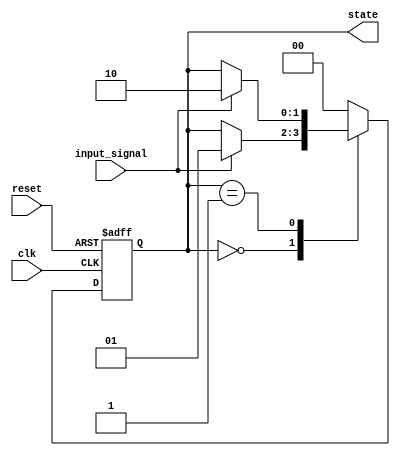
module fsm_example (
    input wire clk,         // Clock signal
    input wire reset,       // Reset signal
    input wire input_signal, // Input signal for state transition
    output reg [1:0] state  // 2-bit state output
);

// State encoding
localparam STATE_IDLE    = 2'b00;
localparam STATE_ACTIVE  = 2'b01;
localparam STATE_DONE    = 2'b10;

// Sequential logic block
always @(posedge clk or posedge reset) begin
    if (reset) begin
        // Reset state
        state <= STATE_IDLE;
    end else begin
        // State transition logic
        case (state)
            STATE_IDLE: begin
                if (input_signal) begin
                    state <= STATE_ACTIVE; // Transition to ACTIVE state
                end
            end
            
            STATE_ACTIVE: begin
                // Perform some operations
                // Transition to DONE state based on some condition
                if (input_signal) begin
                    state <= STATE_DONE; // Transition to DONE state
                end
            end
            
            STATE_DONE: begin
                // Return to IDLE state after processing
                state <= STATE_IDLE; // Transition back to IDLE state
            end
            
            default: begin
                state <= STATE_IDLE; // Default to IDLE state
            end
        endcase
    end
end

endmodule